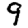
Digit: 9